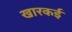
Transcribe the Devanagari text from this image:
खारकई